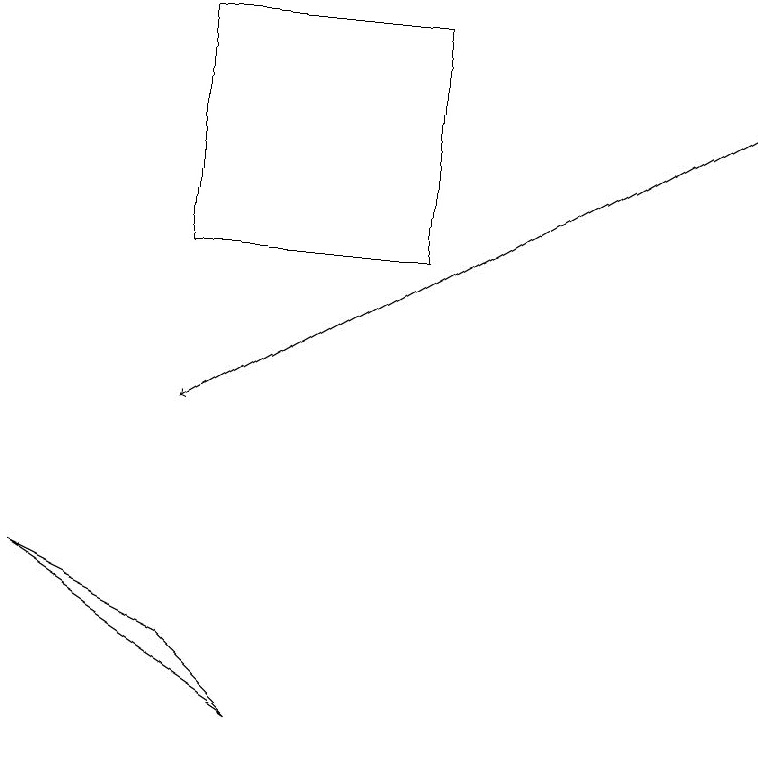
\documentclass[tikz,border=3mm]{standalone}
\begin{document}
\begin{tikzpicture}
\draw (2,8) -- (3,7) -- (0,9) -- cycle;
\draw (2,16) rectangle (5,13);
\draw[->] (9,15) -- (2,11);
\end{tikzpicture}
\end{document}